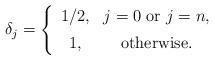
LaTeX: \begin{align*}\delta_j = \left\{\begin{array}{cc} 1/2, & \mbox{$\textstyle j=0$ or $j=n$},\\ [5pt] 1, & \mbox{otherwise}. \end{array} \right.\end{align*}